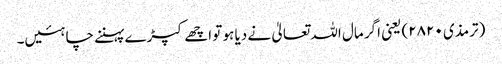
(ترمذی ۲۸۲۰) یعنی اگر مال اللہ تعالیٰ نے دیا ہو تو اچھے کپڑے پہننے چاہئیں۔